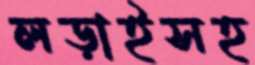
লড়াইসহ